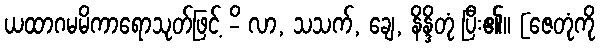
ယထာဂမမိကာရောသုတ်ဖြင့် -ိ လာ, သသက်, ချေ, နိန္ဒိတုံ ပြီး၏။ [ဇေတုံကို